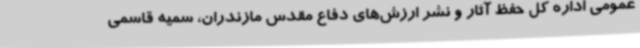
عمومی اداره ‌کل حفظ آثار و نشر ارزش‌های دفاع مقدس مازندران، سمیه قاسمی